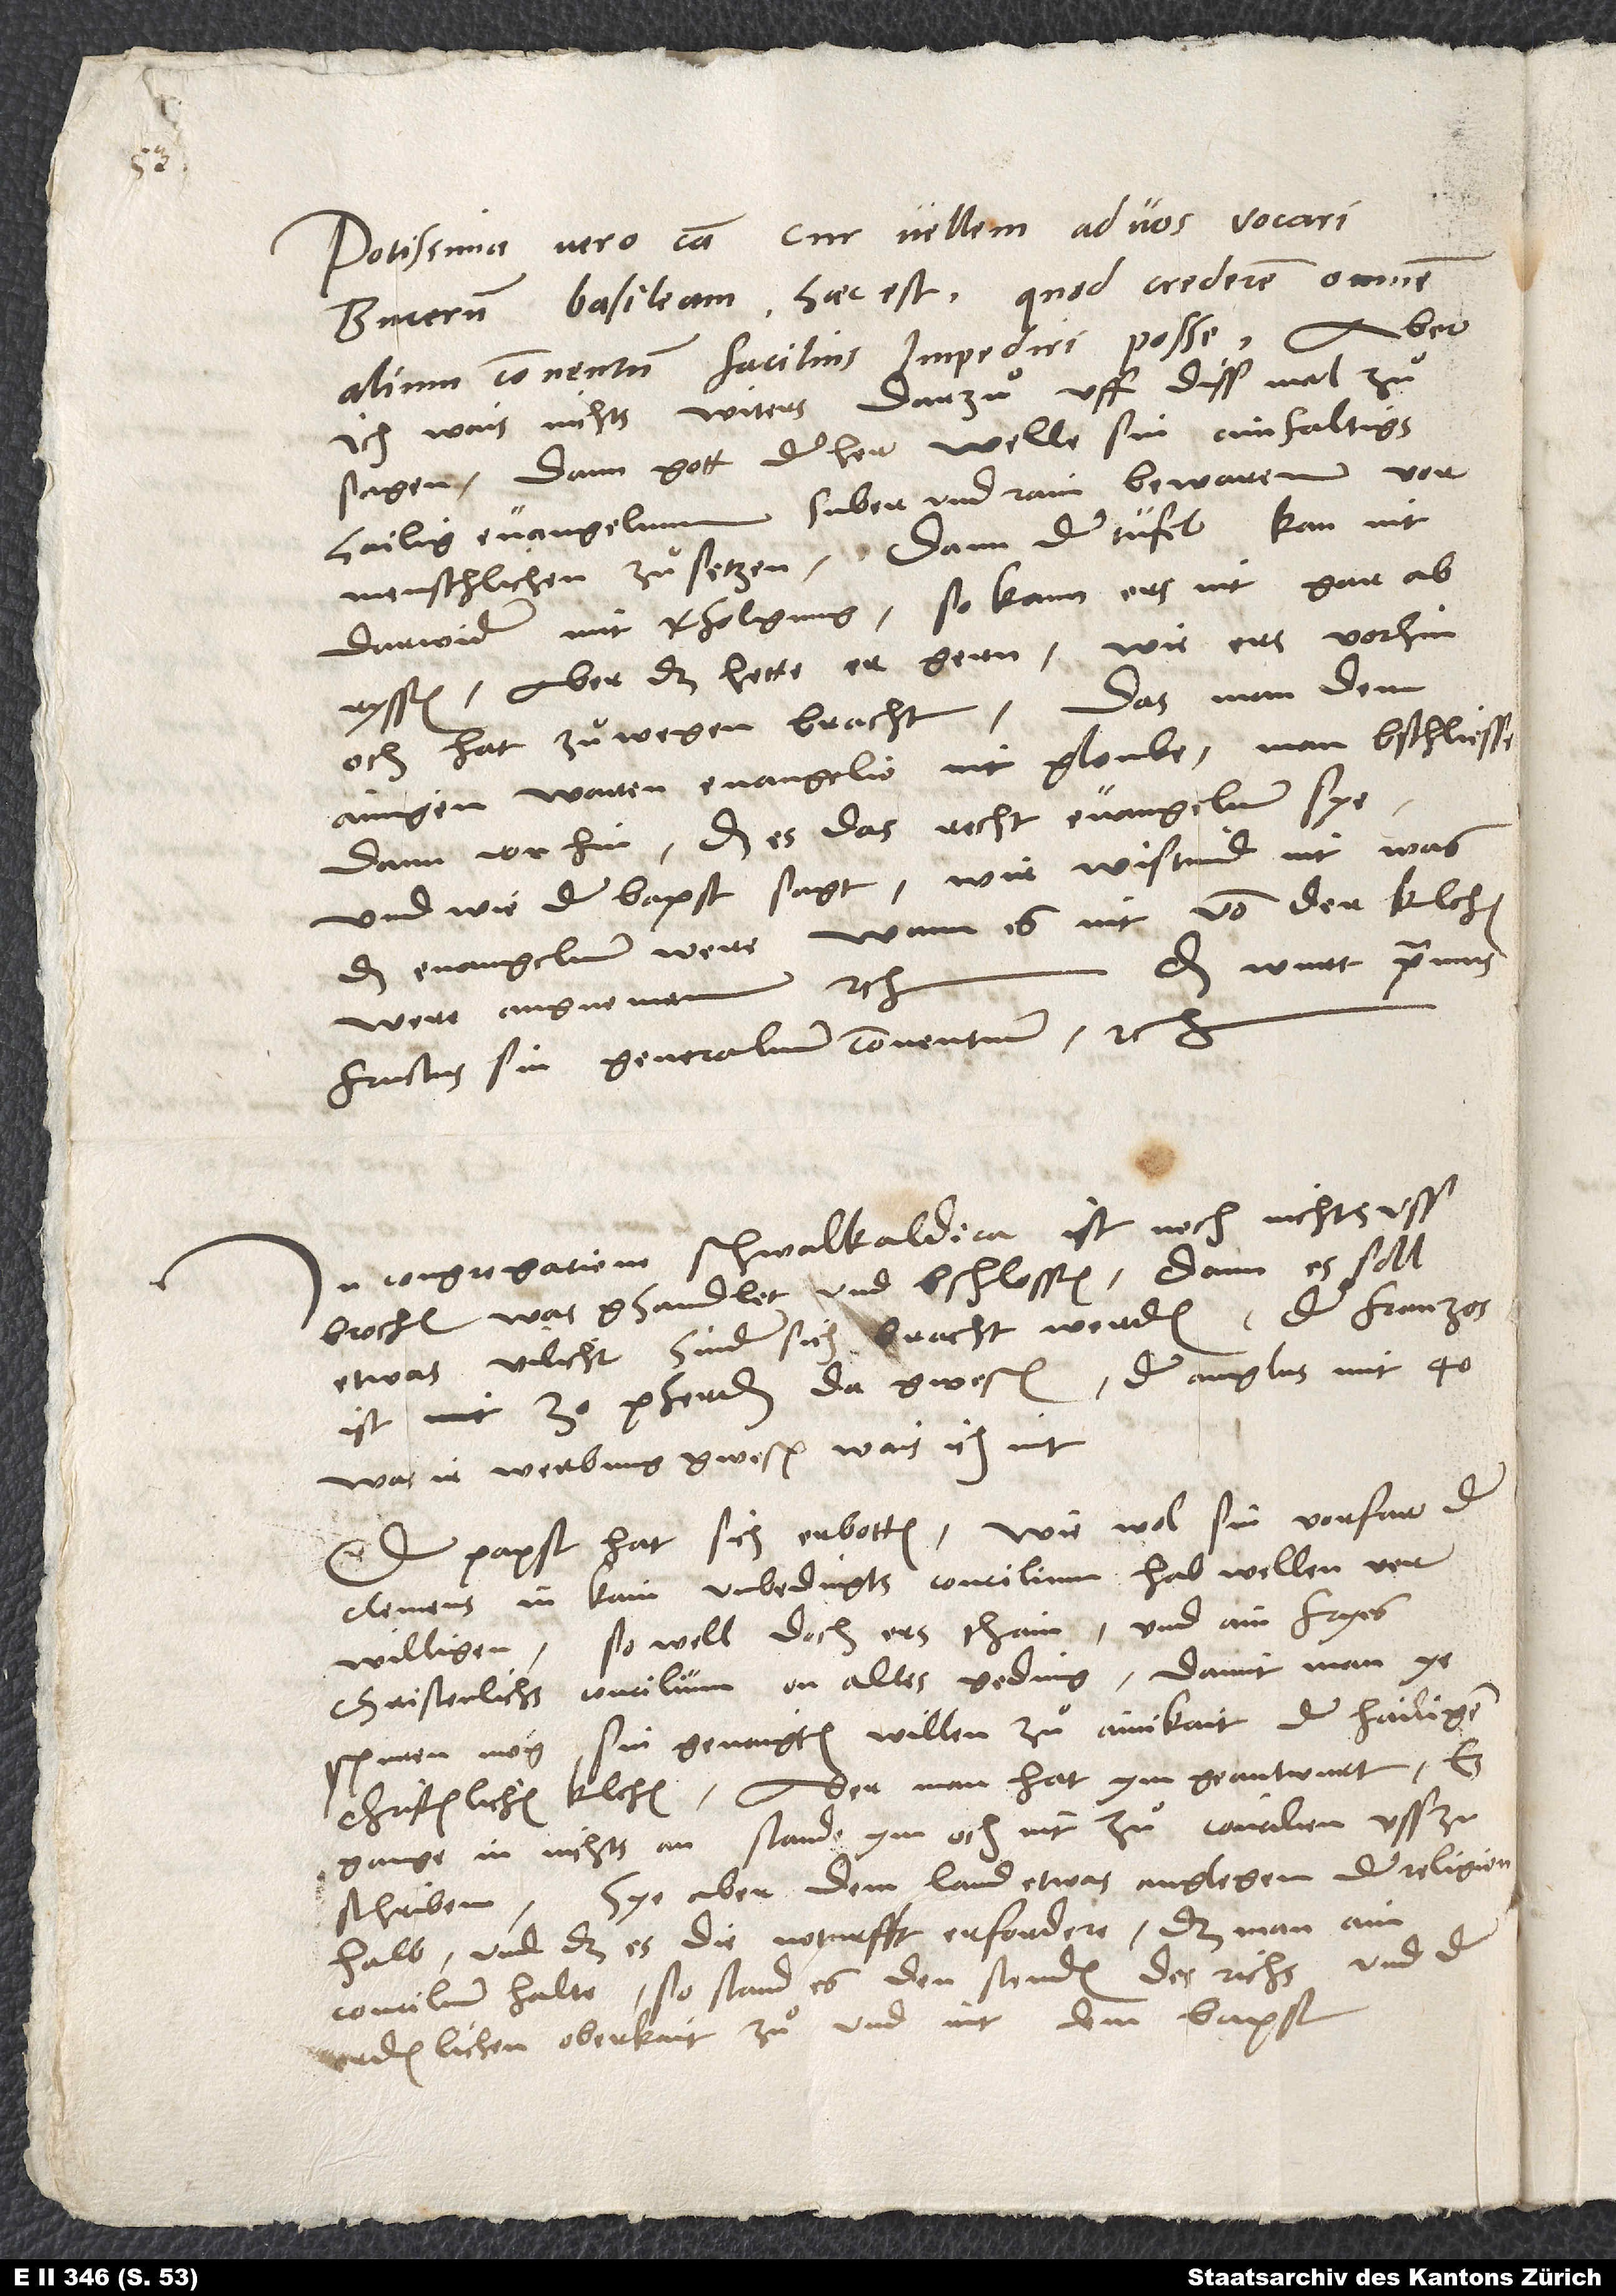
Potissima vero causa, cur vellem ad vos vocari
Bucerum Basileam, haec est, quod crederem omnem
alium conventum facilius impediri posse. Aber
ich wais nichts witers darzuͦ uff diss mal zuͦ
sagen, dann gott der her welle sin einfaltigs
hailig evangelium suber und rain bewaren vor
menschlichen zuͦsetzen; dann der tüfel kan nit
darwider mit verfolgung, so kann ers nit gar
abryssen, aber das hette er gern, wie ers vorhin
och hat zuͦwegen bracht, das man dem
ainigen waren evangelio nit gloube, man bschliesse
dann vorhin, da' es das recht evangelium sye,
und wie der bapst sagt, wir wistind nit, was
das evangelium were, wann es nit von der kilchen
Das wurt primus
were angnomen etc.
fructus sin generalium conventuum etc.
In congregatione Schmalkaldica ist noch nichts
ussbrochen, was ghandlet und bschlossen; dann es soll
etwas vilicht hinder sich bracht werden. Der Franzos
ist mit 30 pferden da gwesen, der Anglus mit 40.
Was ir werbung gwesen, wais ich nit.
Der papst hat sich erbotten wie wol sin vorfar, der
Clemens, in kain unbedingts concilium hab wellen
verwilligen, so well doch ers thain und ain fryes
christenlichs concilium on alles geding, damit man ye
spuren mög sin genaigten willen zuͦ ainikait der hailigen
christenlichen kilchen. Aber man hat ym geantwurt, es
gange in nichts an, stande ym och nit zuͦ, concilien
Sye aber dem land etwas anglegen der religion
halb, und daß es die noturfft erfordere, daß man ain
concilium halte, so stand es den stenden des richs und der
ordenlichen oberkait zuͦ und nit dem bapst.